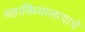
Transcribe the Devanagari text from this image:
महाविध्यालायाचे